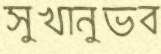
সুখানুভব